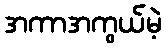
အကာအကွယ်မဲ့